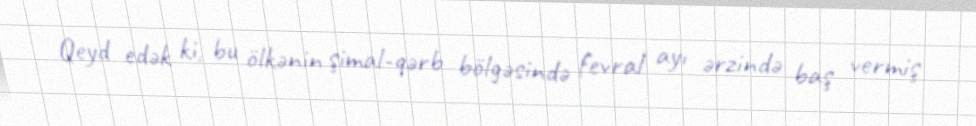
Qeyd edək ki, bu ölkənin şimal-qərb bölgəsində fevral ayı ərzində baş vermiş